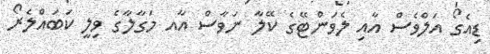
ޑިއެގޯ އަލްވެސް އާއި ލެވަންޓޭގެ ކޭލާ ނަވާސް އާއ މަގާލާގެ ވިލީ ކަބައްލެރޯ